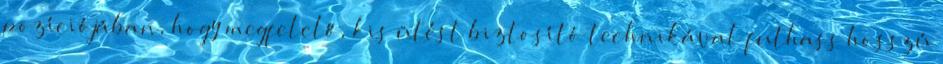
pozíciójában, hogy megfelelő, kis ütést biztosító technikával futhass hosszú